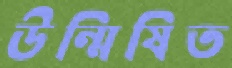
উন্মিষিত